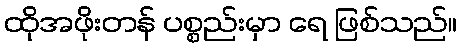
ထိုအဖိုးတန် ပစ္စည်းမှာ ရေ ဖြစ်သည်။